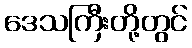
ဒေသကြီးတို့တွင်